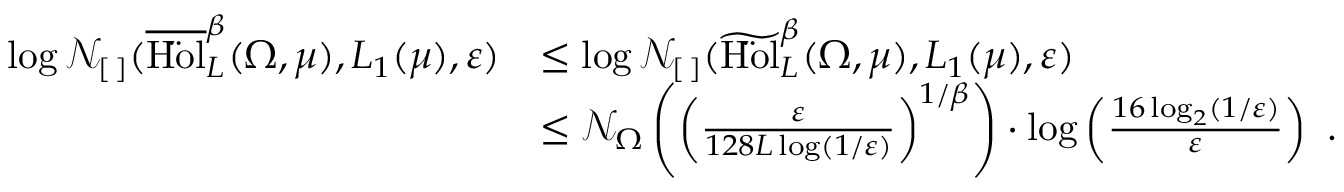
\begin{array} { r l } { \log \mathcal { N } _ { [ \, ] } ( \overline { { \mathrm { H \ddot { o } l } } } _ { L } ^ { \beta } ( \Omega , \mu ) , L _ { 1 } ( \mu ) , \varepsilon ) } & { \leq \log \mathcal { N } _ { [ \, ] } ( \widetilde { \mathrm { H \ddot { o } l } } _ { L } ^ { \beta } ( \Omega , \mu ) , L _ { 1 } ( \mu ) , \varepsilon ) } \\ & { \leq \mathcal { N } _ { \Omega } \left( \left( \frac { \varepsilon } { 1 2 8 L \log ( 1 / \varepsilon ) } \right) ^ { 1 / \beta } \right) \cdot \log \left( \frac { 1 6 \log _ { 2 } ( 1 / \varepsilon ) } { \varepsilon } \right) ~ . } \end{array}